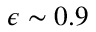
\epsilon \sim 0 . 9